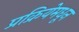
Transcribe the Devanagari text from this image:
प्रक्रियेमधून